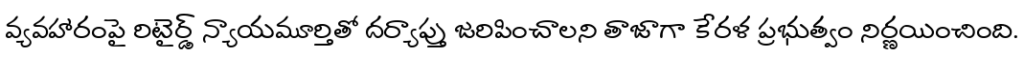
వ్యవహారంపై రిటైర్డ్ న్యాయమూర్తితో దర్యాప్తు జరిపించాలని తాజాగా కేరళ ప్రభుత్వం నిర్ణయించింది.